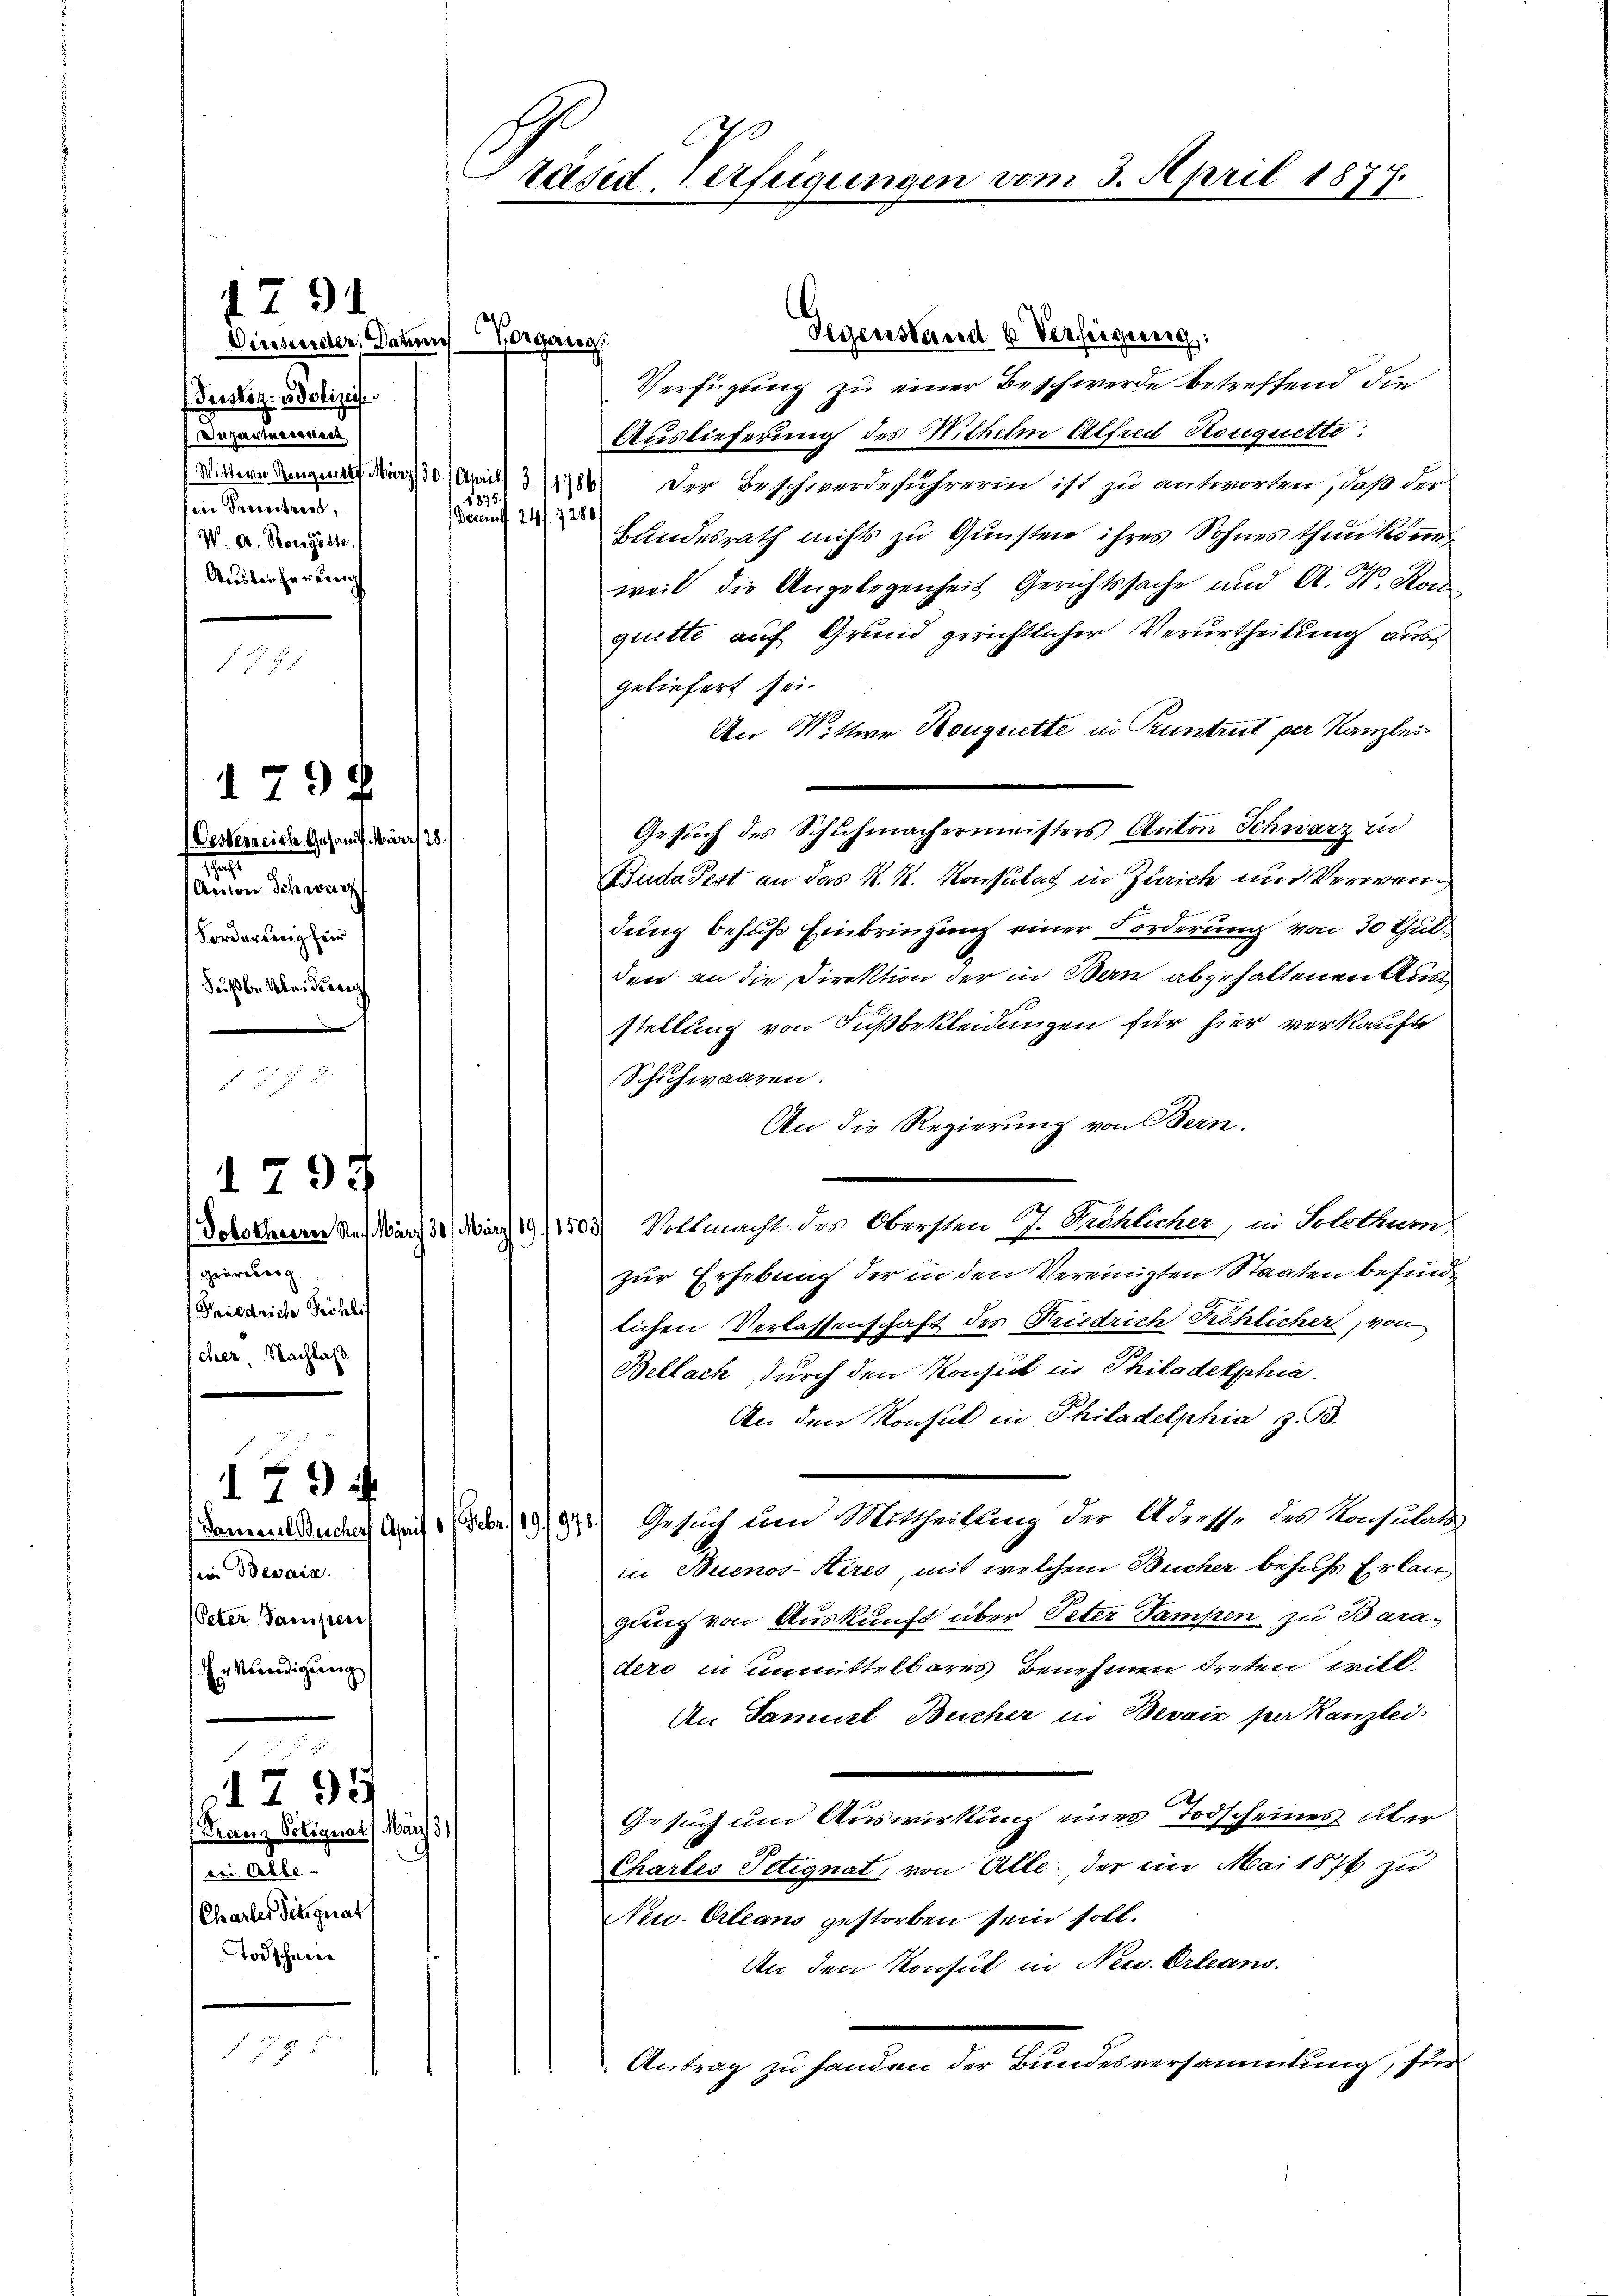
Diesender, Daten Vorgang.
Presliz. Polizeis
Inpartarisiert
fier Treuestreit,
W. A. Morgeste,
Ausleiherreic

geurteig
Friedrich Fröhli
cher Nachlaß

. 799

179 ff.
Dameiel Bucher Aprif
sein Besain.
Peter Sampen
Erkundigung

1795
Franz Polignat März 3)
bei Abbe- |
Chasler designat
Todschein

1291

179 f
Oesterreich Gesandt März 26.
a
Aciton Schwarz
Forderung fer
Sußbe bei diese

1875

E
räsid. Verfügungen vom 3. April 1877.

Gegenstand u. Verfügung:
Verfügung zu einer Beschwerde betreffend die
Auslieferung des Mithelm Alfred Houquette:
Mittern denn den 30. April 186 der Beschwerdeführerin ist zu antworten, daß der
Decant. 24 f. 7280
Bundesrath nichts zu Gunsten ihres Sohnes thun könne
weil die Angelegenheit Gerichtssache und A. R. Kon
quette auf Grund gerichtlicher Verurtheilung aus
geliefert sei.
An Wittwe Kouquette in Pruntrut per Kanzles
Gesŭch des Schuhmachermeisters Anton Schwarz in
Luda Pest an das K. R. Konsulat in Zürich und Verwendung behufs Einbringung einer Forderung von 30 Gulden an die Direktion der in Bern abgehaltenen Ausstellung von Fußbekleidungen für hier verkaufte
Schuhwaaren.
An die Regierung von Bern.
Dorothen K. März 31. März 19/1503) Vollmacht des Obersten J. Schlicher, in Solothum,
zur Erhebung der in den Vereinigten Staaten befinde
lichen Verlassenschaft des Friedrich Fröhlicher, von
Bellach, durch den Konsul in Philadelphia
An den Konsul in Philadelphia z. B.
d Gesuch um Mittheilung der Adresse des Konsulats
in Buenos-Aires, mit welchem Bücher behufs Erlang
gung von Auskunft über Peter Tampen zu Baradero in unmittelbares Benehmen treten will¬
An Samuel Bucher in Bevaix par Kanzlei
Gesuch um Auswirkung eines Todscheines über
Chartes Petignat, von Alle, der in Mai 1876 zu
Neu-Orleans gestorben sein soll.
An den Konsul in Neu Orleans
Antrag zu senden die Stundenen Gemeistung ihren